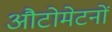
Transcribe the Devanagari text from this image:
औटोमेटनों